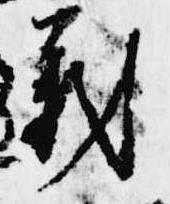
義